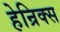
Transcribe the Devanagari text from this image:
हेन्रिक्स